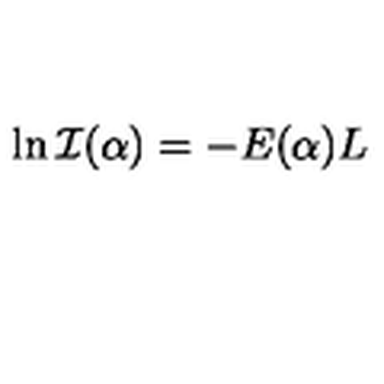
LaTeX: \ln { \cal I } ( \alpha ) = - E ( \alpha ) L